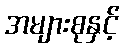
အများစုနှင့်